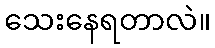
သေးနေရတာလဲ။